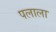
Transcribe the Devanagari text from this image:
पलाला